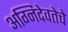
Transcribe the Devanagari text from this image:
अग्निदेवतेचे